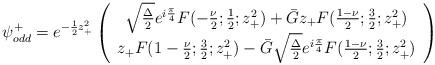
LaTeX: \begin{align*}{\psi}_{odd}^{+} = e^{-\frac{1}{2} z_{+}^2}\left( \begin{array}{c}\sqrt{\frac{\Delta}{2}} e^{i\frac{\pi}{4}} F(-\frac{\nu}{2};\frac{1}{2};z_{+}^2) + \bar{G} z_{+} F(\frac{1-\nu}{2};\frac{3}{2};z_{+}^2) \\z_{+} F(1-\frac{\nu}{2};\frac{3}{2};z_{+}^2) - \bar{G} \sqrt{\frac{\Delta}{2}}e^{i\frac{\pi}{4}} F(\frac{1-\nu}{2};\frac{3}{2};z_{+}^2)\end{array} \right)\end{align*}